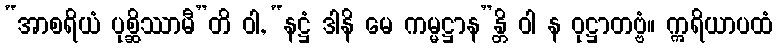
“အာစရိယံ ပုစ္ဆိဿာမီ”တိ ဝါ, “နဋ္ဌံ ဒါနိ မေ ကမ္မဋ္ဌာန”န္တိ ဝါ န ဝုဋ္ဌာတဗ္ဗံ။ ဣရိယာပထံ